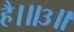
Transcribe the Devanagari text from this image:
है।॥३॥